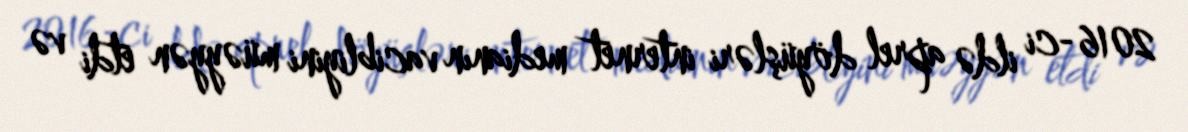
2016-ci ildə aprel döyüşləri internet medianın vacibliyini müəyyən etdi və